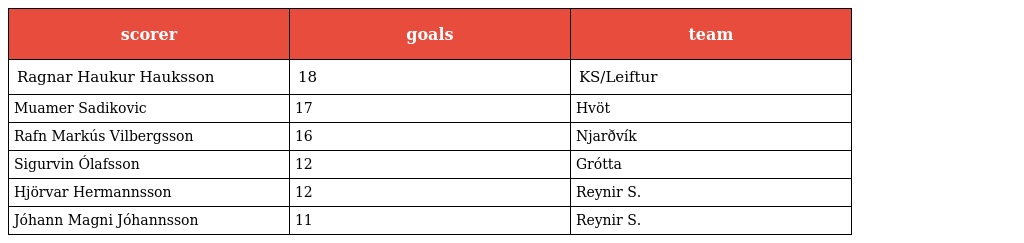
| scorer | goals | team |
 | --- | --- | --- |
 | Ragnar Haukur Hauksson | 18 | KS/Leiftur |
 | Muamer Sadikovic | 17 | Hvöt |
 | Rafn Markús Vilbergsson | 16 | Njarðvík |
 | Sigurvin Ólafsson | 12 | Grótta |
 | Hjörvar Hermannsson | 12 | Reynir S. |
 | Jóhann Magni Jóhannsson | 11 | Reynir S. |